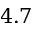
4 . 7